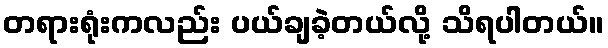
တရားရုံးကလည်း ပယ်ချခဲ့တယ်လို့ သိရပါတယ်။